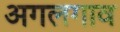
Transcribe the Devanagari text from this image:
अगलगाव